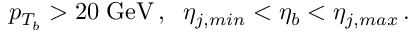
p _ { T _ { b } } > 2 0 \; \mathrm { G e V } \, , \; \; \eta _ { j , m i n } < \eta _ { b } < \eta _ { j , m a x } \, .